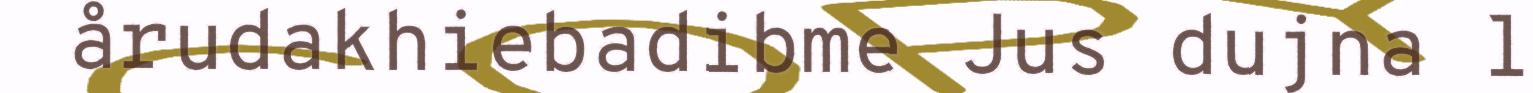
årudakhiebadibme Jus dujna l